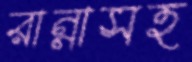
রান্নাসহ